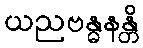
ယညဗန္ဓနန္တိ